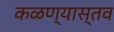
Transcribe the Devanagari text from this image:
कळण्यास्तव